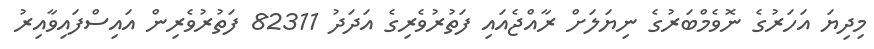
މިދިޔަ އަހަރުގެ ނޮވެމްބަރުގެ ނިޔަލަށް ރާއްޖެއައި ފަތުރުވެރިގެ އަދަދު 82311 ފަތުރުވެރިން އައިސްފައިވާއިރު